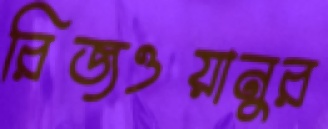
রিজওয়ানুর